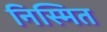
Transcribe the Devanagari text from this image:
निस्मित